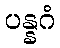
ပန္နဂံ